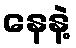
နေနဲ့